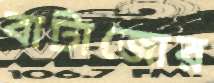
বাটাজোর